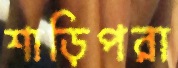
শাড়িপরা